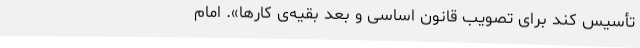
تأسیس‌ کند برای‌ تصویب‌ قانون‌ اساسی‌ و بعد بقیه‌ی‌ کارها». امام‌